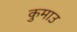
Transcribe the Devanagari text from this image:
कुमाउ